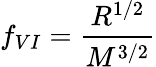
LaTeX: f_{VI}=\frac{R^{1/2}}{M^{3/2}}